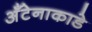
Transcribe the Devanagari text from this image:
अँटेनाकाडे